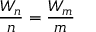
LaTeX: { \frac { W _ { n } } { n } } = { \frac { W _ { m } } { m } }